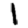
Digit: 1